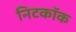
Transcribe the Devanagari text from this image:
निटकॉक